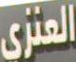
العنزي